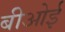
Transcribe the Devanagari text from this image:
बीओई